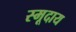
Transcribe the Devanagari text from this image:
स्मूदाय